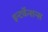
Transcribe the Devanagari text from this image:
इन्टर्वेन्शन्स